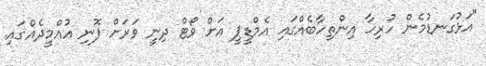
"އަޅުގަނޑުމެން ހުރިހާ އިންތިހާބެއްގައި އެމްޑީޕީ އަށް ވޯޓް ދިނީ ވަރަށް ފޮނި އުއްމީދެއްގައި.